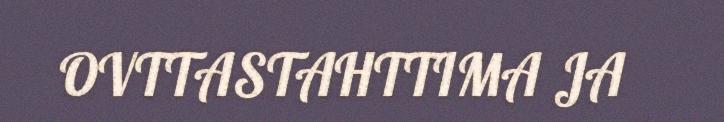
OVTTASTAHTTIMA JA